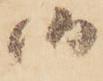
候